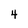
Character: 4